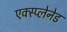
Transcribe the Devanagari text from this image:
एक्स्प्लेनेड